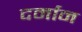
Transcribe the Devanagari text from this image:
दर्मान